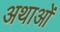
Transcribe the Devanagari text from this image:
अथाओं